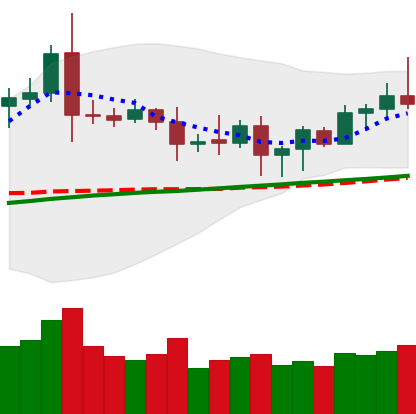
Ticker: ETC-USD
Chart end date: 2020-08-18
Forward return: -7.028%
Label: down_7plus